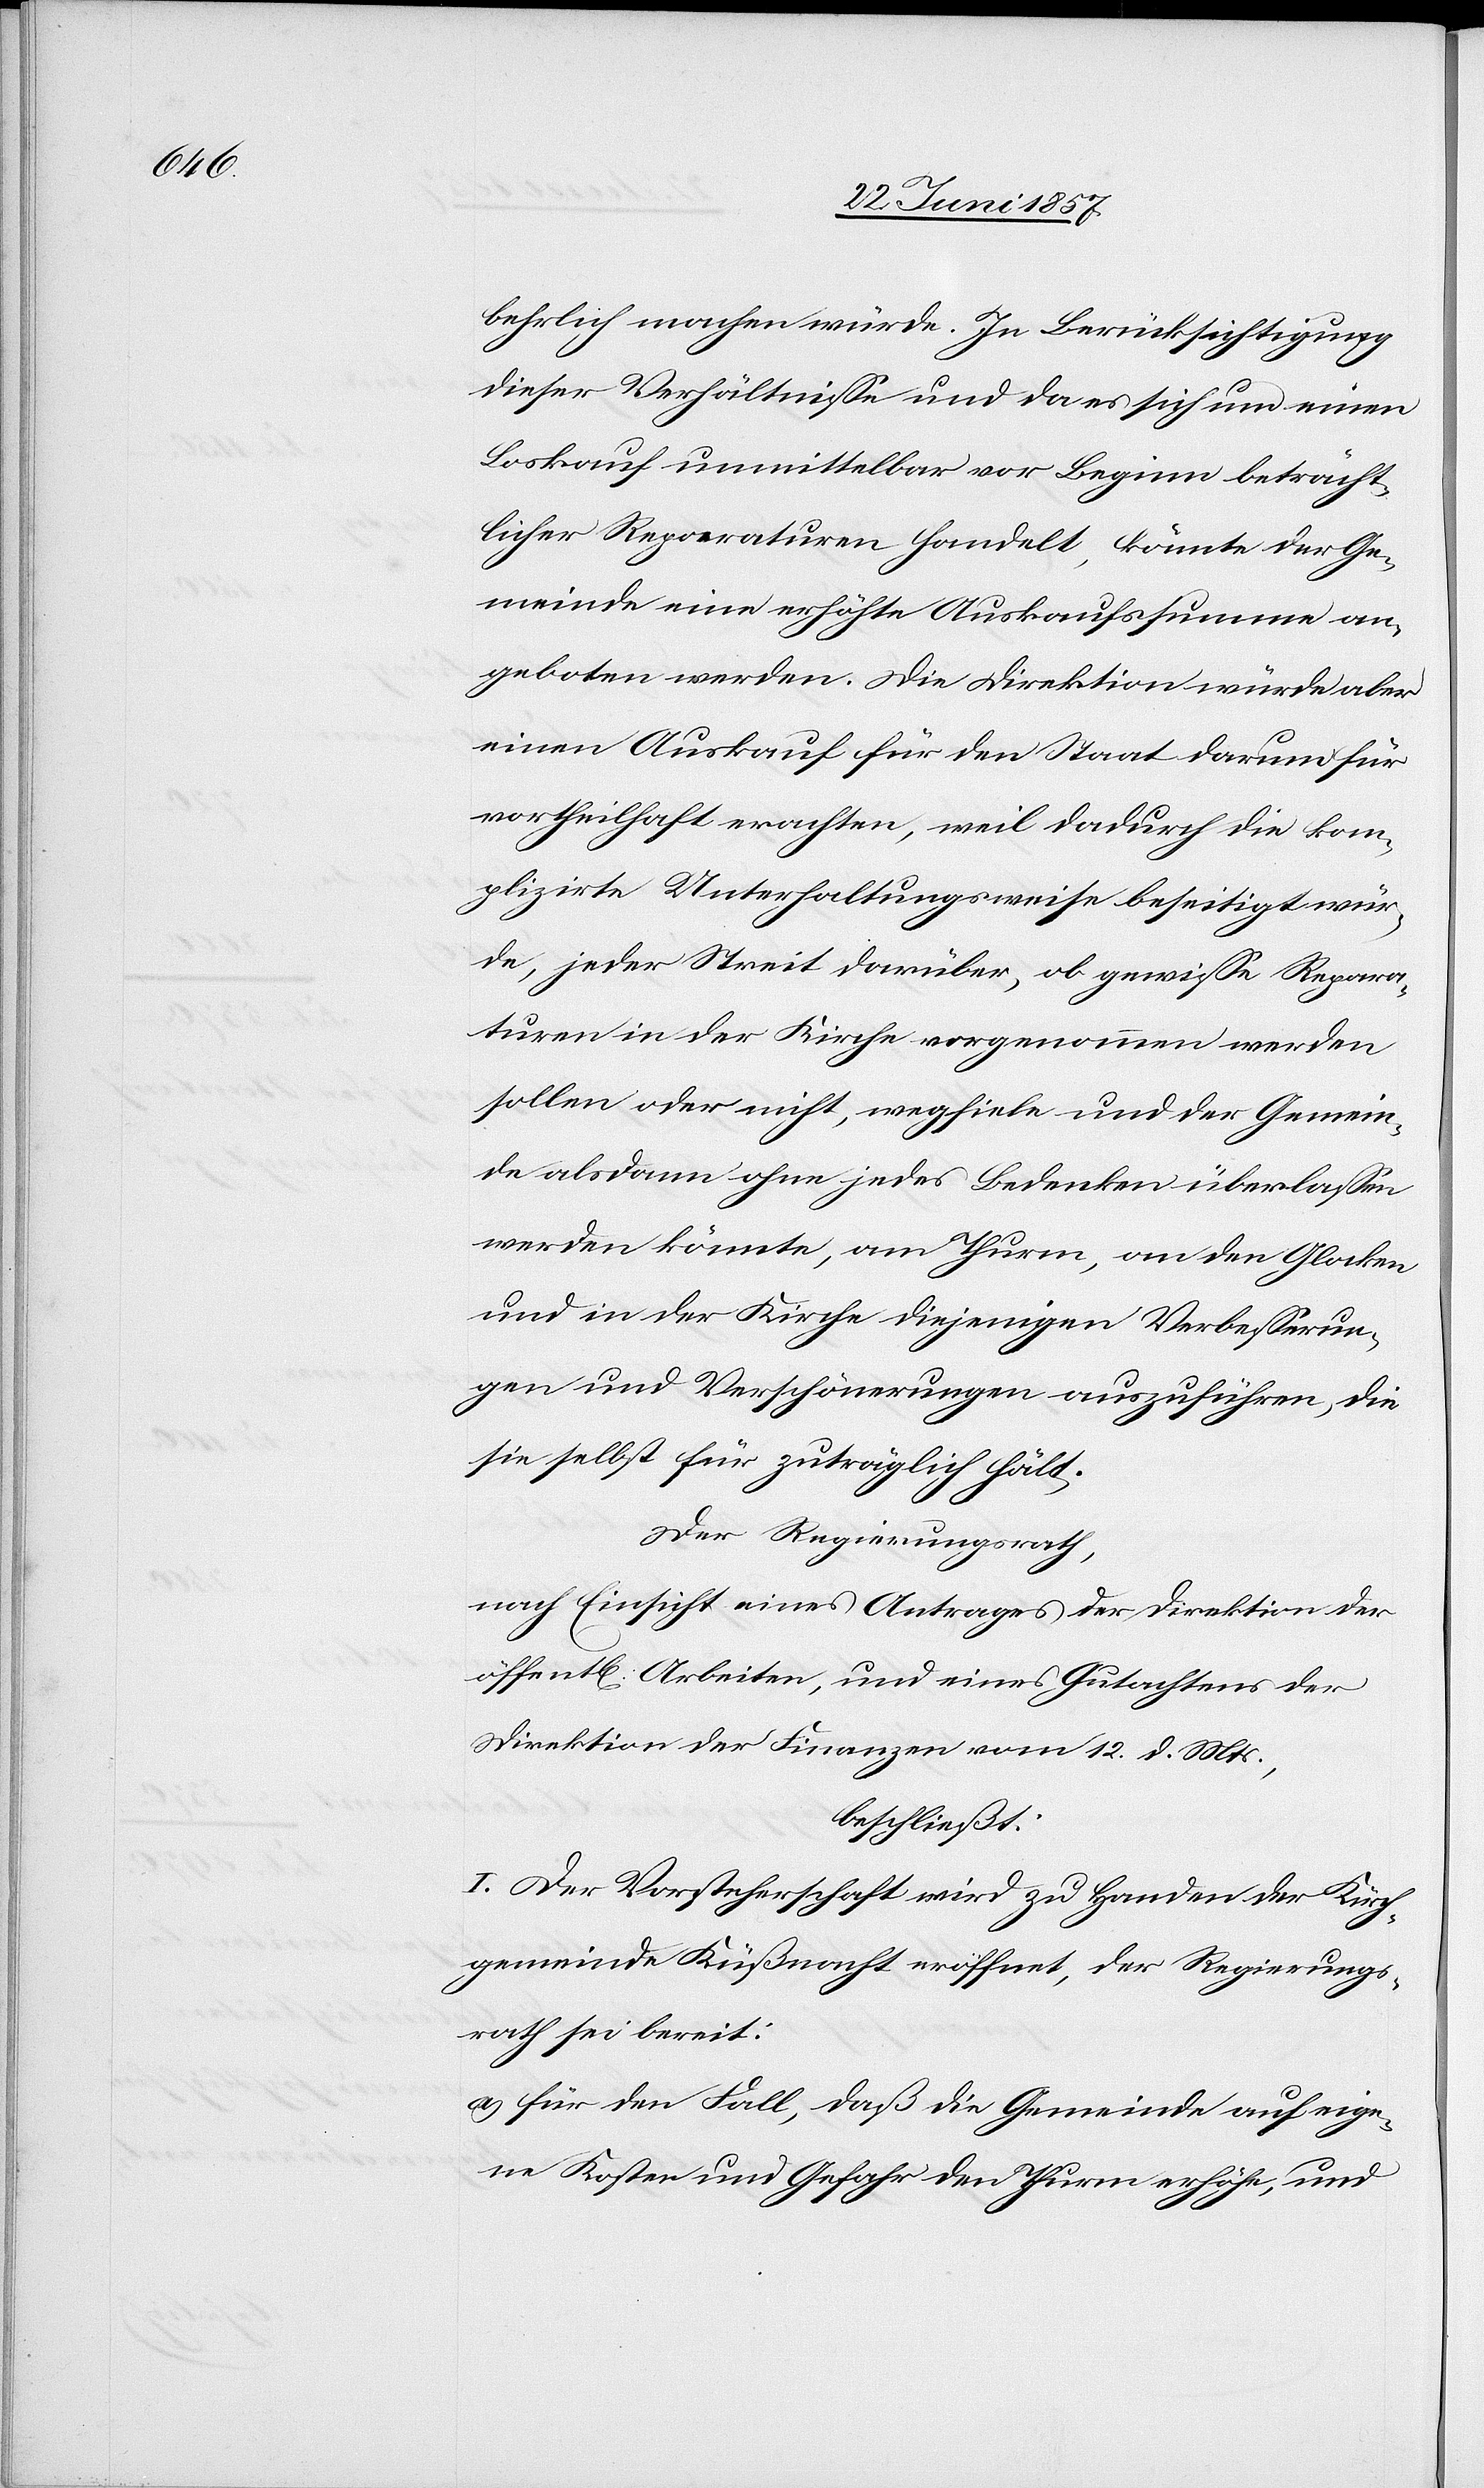
behrlich machen würde. In Berücksichtigung
dieser Verhältnisse und da es sich um einen
Loskauf unmittelbar vor Beginn beträcht¬
licher Reparaturen handelt, könnte der Ge¬
meinde eine erhöhte Auskaufssumme an¬
geboten werden. Die Direktion würde aber
einen Auskauf für den Staat darum für
vortheilhaft erachten, weil dadurch die kom¬
plizirte Unterhaltungsweise beseitigt wür¬
de, jeder Streit darüber, ob gewisse Repara¬
turen in der Kirche vorgenommen werden
sollen oder nicht, wegfiele und der Gemein¬
de alsdann ohne jedes Bedenken überlassen
werden könnte, am Thurm, an den Glocken
und in der Kirche diejenigen Verbesserun¬
gen und Verschönerungen auszuführen, die
sie selbst für zuträglich hält.
Der Regierungsrath,
nach Einsicht eines Antrages der Direktion der
öffentl. Arbeiten, und eines Gutachtens der
Direktion der Finanzen vom 12 d. Mts.,
beschließt:
I. Der Vorsteherschaft wird zu Handen der Kirch¬
gemeinde Küßnacht eröffnet, der Regierungs¬
rath sei bereit:
a) für den Fall, daß die Gemeinde auf eige¬
ne Kosten und Gefahr den Thurm erhöhe, und